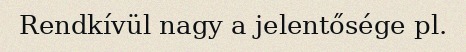
Rendkívül nagy a jelentősége pl.